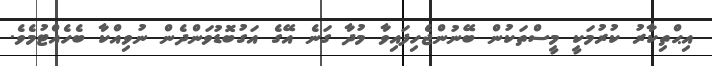
އިޙްތިކާރު ކުރުމަކީ މީސްތަކުން ބޭނުންޖެހިފައިވާ މުދާ ގަނެ އޭގެ އަގުބޮޑުވަންދެން ނުވިއްކާ ބެހެއްޓުމެވެ.